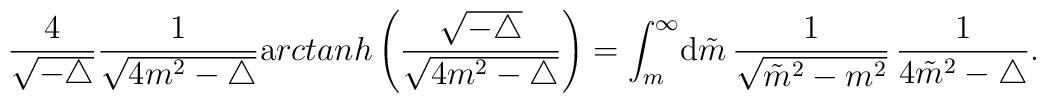
\frac{4}{\sqrt{-\triangle}} \frac{1}{\sqrt{4 m^2 - \triangle }}{\mathrm arctanh} \left(  \frac{\sqrt{-\triangle }}{\sqrt{ 4 m^2 - \triangle}}  \right)= \int_m^{\infty}\! {\mathrm d} \tilde{m} \,\frac{1}{\sqrt{   {\tilde{m}}^2 - m^2}} \,\frac{1}{4 {\tilde{m}}^2 - \triangle}.